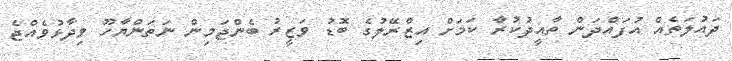
ދައުލަތެއް އުފައްދަން ތާއީދުކުރާ ކަމަށް އިޒްރޭލުގެ ބޮޑު ވަޒީރު ބެންޖަމިން ނަތަންޔާހޫ ވިދާޅުވެއްޖެ